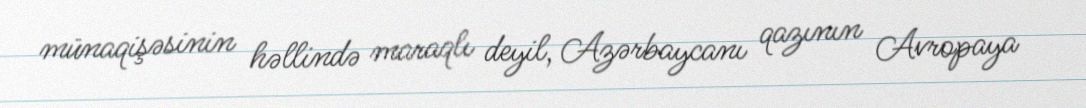
münaqişəsinin həllində maraqlı deyil, Azərbaycanı qazının Avropaya